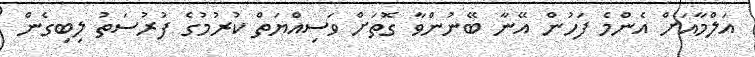
އަލްމާއަށް އެންމެ ފަހުން އޭނާ ބޭނުންވާ ގޮތަށް ވަސިއްޔަތް ކުރުމުގެ ފުރުސަތު ލިބިގެން